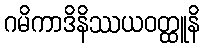
ဂမိကာဒိနိဿယဝတ္ထူနိ